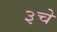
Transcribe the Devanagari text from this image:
३चे